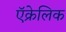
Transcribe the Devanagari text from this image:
ऍक्रेलिक